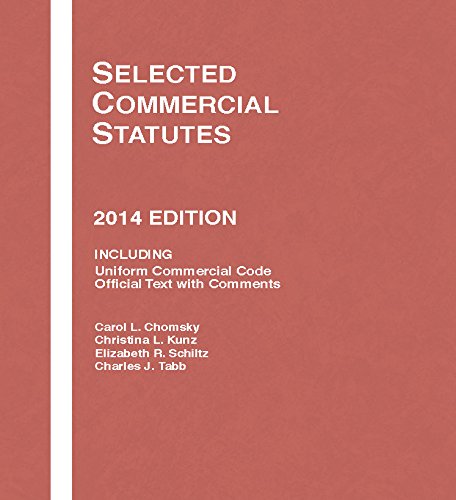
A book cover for Selected Commercial Statutes, 2014 (Selected Statutes); Carol Chomsky; Law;